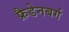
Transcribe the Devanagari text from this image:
फ्रैडेनबर्ग